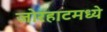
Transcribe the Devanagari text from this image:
जोरहाटमध्ये